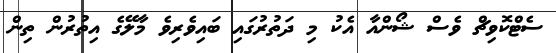
ސެޓްކޮވިޗް ވެސް ޝޯންއާ އެކު މި ދަތުރުގައި ބައިވެރިވެ މާލޭގެ އިތުރުން ތިން